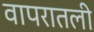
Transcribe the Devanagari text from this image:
वापरातली